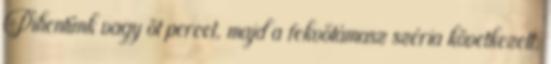
Pihentünk vagy öt percet, majd a fekvőtámasz széria következett.